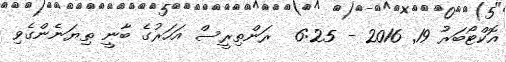
އޮކްޓޯބަރު 19